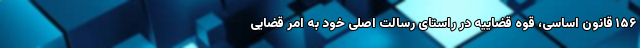
۱۵۶ قانون اساسی، قوه قضاییه در راستای رسالت اصلی خود به امر قضایی